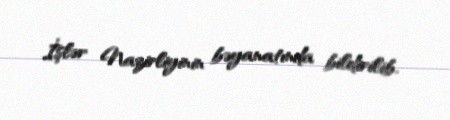
İşlər Nazirliyinin bəyanatında bildirilib.